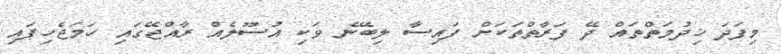
މިފަދަ ޚިދުމަތްތައް ދޭ ފަރާތްތަކަށް ފައިސާ ލިބޭނެ ވަކި އުސޫލެއް ރާއްޖޭގައި ހަމަޖެހިފައި